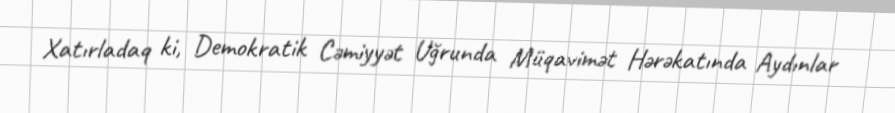
Xatırladaq ki, Demokratik Cəmiyyət Uğrunda Müqavimət Hərəkatında Aydınlar